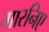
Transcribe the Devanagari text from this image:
गारनिए